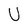
Character: U